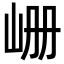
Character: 𪨪